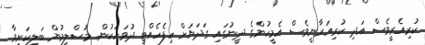
ކުރިއެރީވެސް އަދި ކުރިއަރާނީވެސް އެމީހުންގެ ދީނުގައި ގަދަޔަށް ހިފެހެއްޓި ދުވަހަކުން. މުސްލިމުން ބަލިކަށިވާ